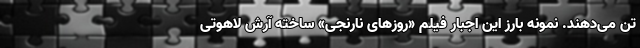
تن می‌دهند. نمونه بارز این اجبار فیلم «روزهای نارنجی» ساخته آرش لاهوتی